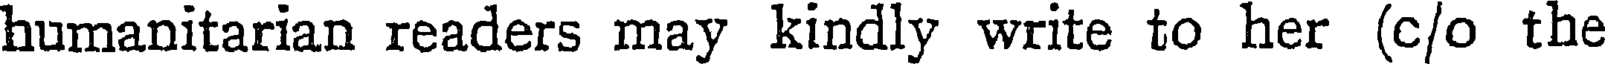
humanitarian readers may kindly write to her (c/o the